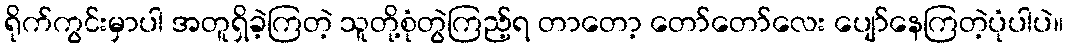
ရိုက်ကွင်းမှာပါ အတူရှိခဲ့ကြတဲ့ သူတို့စုံတွဲကြည့်ရ တာတော့ တော်တော်လေး ပျော်နေကြတဲ့ပုံပါပဲ။